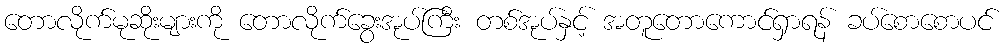
တောလိုက်မုဆိုးများကို တောလိုက်ခွေးအုပ်ကြီး တစ်အုပ်နှင့် အတူတောကောင်ရှာရန် ခပ်စောစောပင်